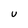
Character: U